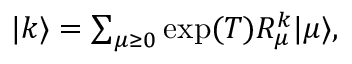
\begin{array} { r } { \vert k \rangle = \sum _ { \mu \geq 0 } \exp ( { T } ) R _ { \mu } ^ { k } \vert \mu \rangle , } \end{array}